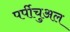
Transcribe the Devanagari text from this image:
पर्पीचुअल